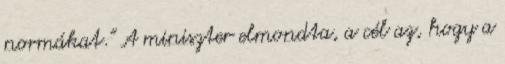
normákat." A miniszter elmondta, a cél az, hogy a